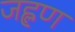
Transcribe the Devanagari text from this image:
जह्लण